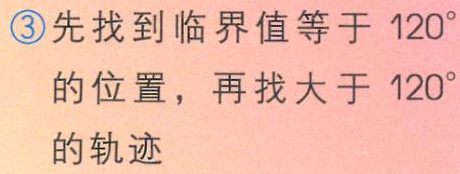
\textcircled{3}先找到临界值等于 \(120^{\circ}\) 的位置，再找大于 \(120^{\circ}\) 的轨迹